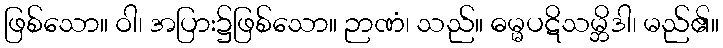
ဖြစ်သော။ ဝါ၊ အပြား၌ဖြစ်သော။ ဉာဏံ၊ သည်။ ဓမ္မပဋိသမ္ဘိဒါ၊ မည်၏။